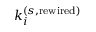
k _ { i } ^ { ( s , \mathrm { r e w i r e d } ) }